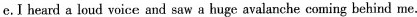
e.I heard a loud voice and saw a huge avalanche coming behind me.